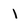
Character: 1